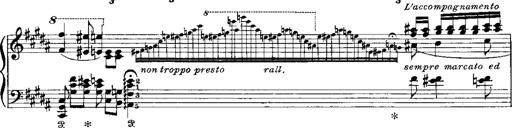
Title: RÃ©miniscences de Norma de Bellini
Composer: Franz Liszt